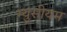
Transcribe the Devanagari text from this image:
म्युसीयम